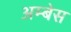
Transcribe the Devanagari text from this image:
अम्बेस